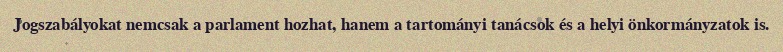
Jogszabályokat nemcsak a parlament hozhat, hanem a tartományi tanácsok és a helyi önkormányzatok is.